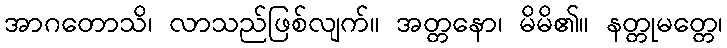
အာဂတောသိ၊ လာသည်ဖြစ်လျက်။ အတ္တနော၊ မိမိ၏။ နတ္တုမတ္တေ၊